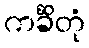
ကင်္ခိတုံ